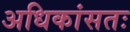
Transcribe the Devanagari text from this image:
अधिकांसतः